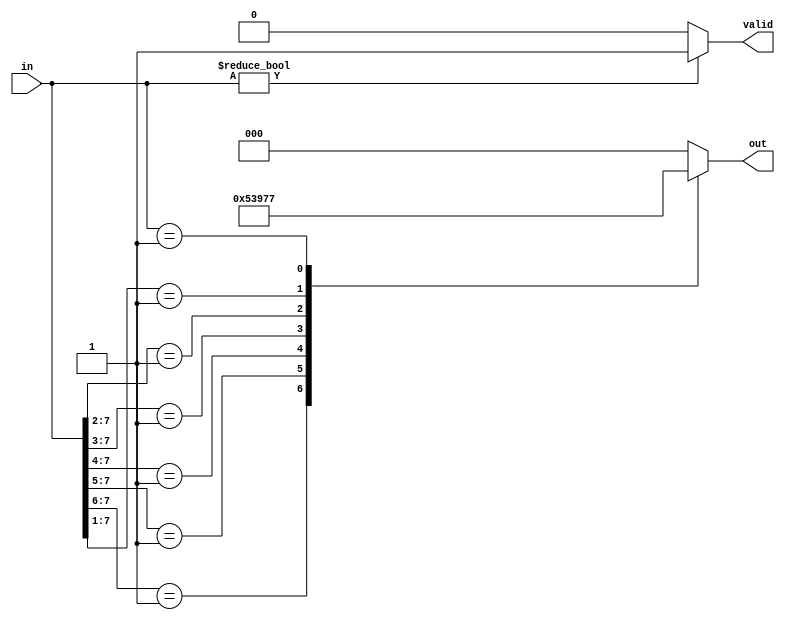
module relative_encoder (
    input wire [N-1:0] in,  // N input lines (one-hot encoded)
    output reg [M-1:0] out,  // M output lines (binary encoded)
    output reg valid         // Indicates if the output is valid
);
    
    parameter N = 8; // Number of input lines, can be changed
    parameter M = 3; // Number of output lines, ceil(log2(N))

    always @(*) begin
        // Initialize output and valid signal
        out = {M{1'b0}};
        valid = 1'b0;

        // Priority encoding logic
        casez (in)
            8'b1???????: out = 3'b000; // Input 0 active
            8'b01??????: out = 3'b001; // Input 1 active
            8'b001?????: out = 3'b010; // Input 2 active
            8'b0001????: out = 3'b011; // Input 3 active
            8'b00001???: out = 3'b100; // Input 4 active
            8'b000001??: out = 3'b101; // Input 5 active
            8'b0000001?: out = 3'b110; // Input 6 active
            8'b00000001: out = 3'b111; // Input 7 active
            default: begin
                out = {M{1'b0}}; // Invalid output
                valid = 1'b0;   // No valid input
            end
        endcase

        // Set valid signal if any input is active
        if (in != 0)
            valid = 1'b1;
    end
endmodule